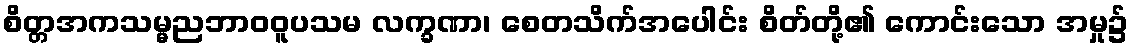
စိတ္တအကသမ္မညဘာဝဝူပသမ လက္ခဏာ၊ စေတသိက်အပေါင်း စိတ်တို့၏ ကောင်းသော အမှု၌